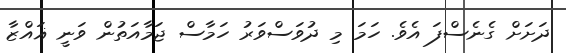
ދަށަށް ގެނެސްފަ އެވެ. ހަމަ މި ދުވަސްވަރު ހަމާސް ޖަމާއަތުން ވަނީ ޣައްޒާ